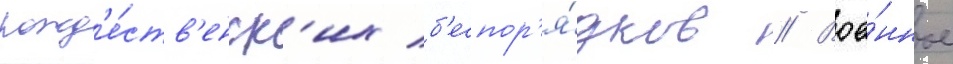
рожд'е́ств'енск'их б'еспор'я́дков // Вое́нное